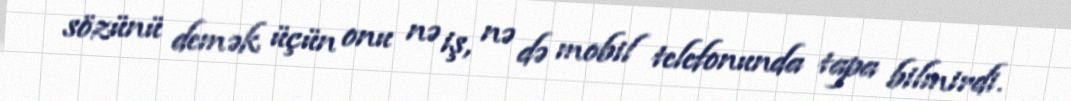
sözünü demək üçün onu nə iş, nə də mobil telefonunda tapa bilmirdi.